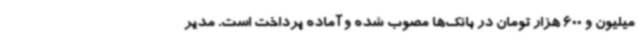
میلیون و 600 هزار تومان در بانک‌ها مصوب شده و آماده پرداخت است. مدیر